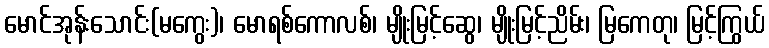
မောင်အုန်းသောင်း(မကွေး)၊ မောရစ်ကောလစ်၊ မျိုးမြင့်ဆွေ၊ မျိုးမြင့်ညိမ်း၊ မြကေတု၊ မြင့်ကြွယ်